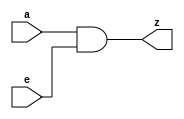
module tt_prim_zbuf #(
	parameter integer HIGH_DRIVE = 0
)(
	input  wire a,
	input  wire e,
	output wire z
);

	assign z = a & e;

endmodule